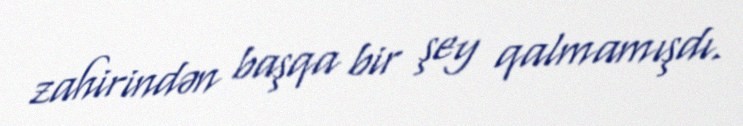
zahirindən başqa bir şey qalmamışdı.